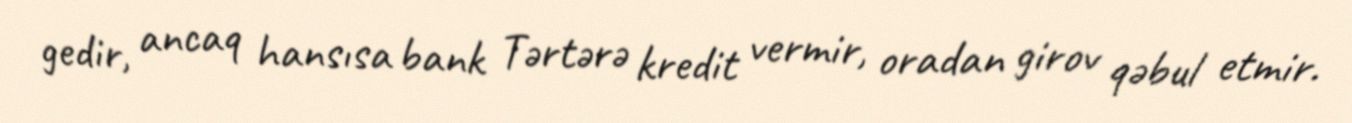
gedir, ancaq hansısa bank Tərtərə kredit vermir, oradan girov qəbul etmir.